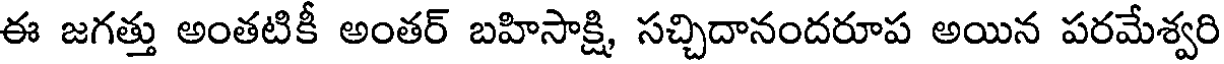
ఈ జగత్తు అంతటికీ అంతర్ బహిసాక్షి, సచ్చిదానందరూప అయిన పరమేశ్వరి